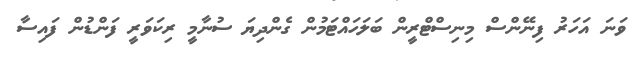
ވަނަ އަހަރު ފިނޭންސް މިނިސްޓްރީން ބަލަހައްޓަމުން ގެންދިޔަ ސުނާމީ ރިކަވަރީ ފަންޑުން ފައިސާ